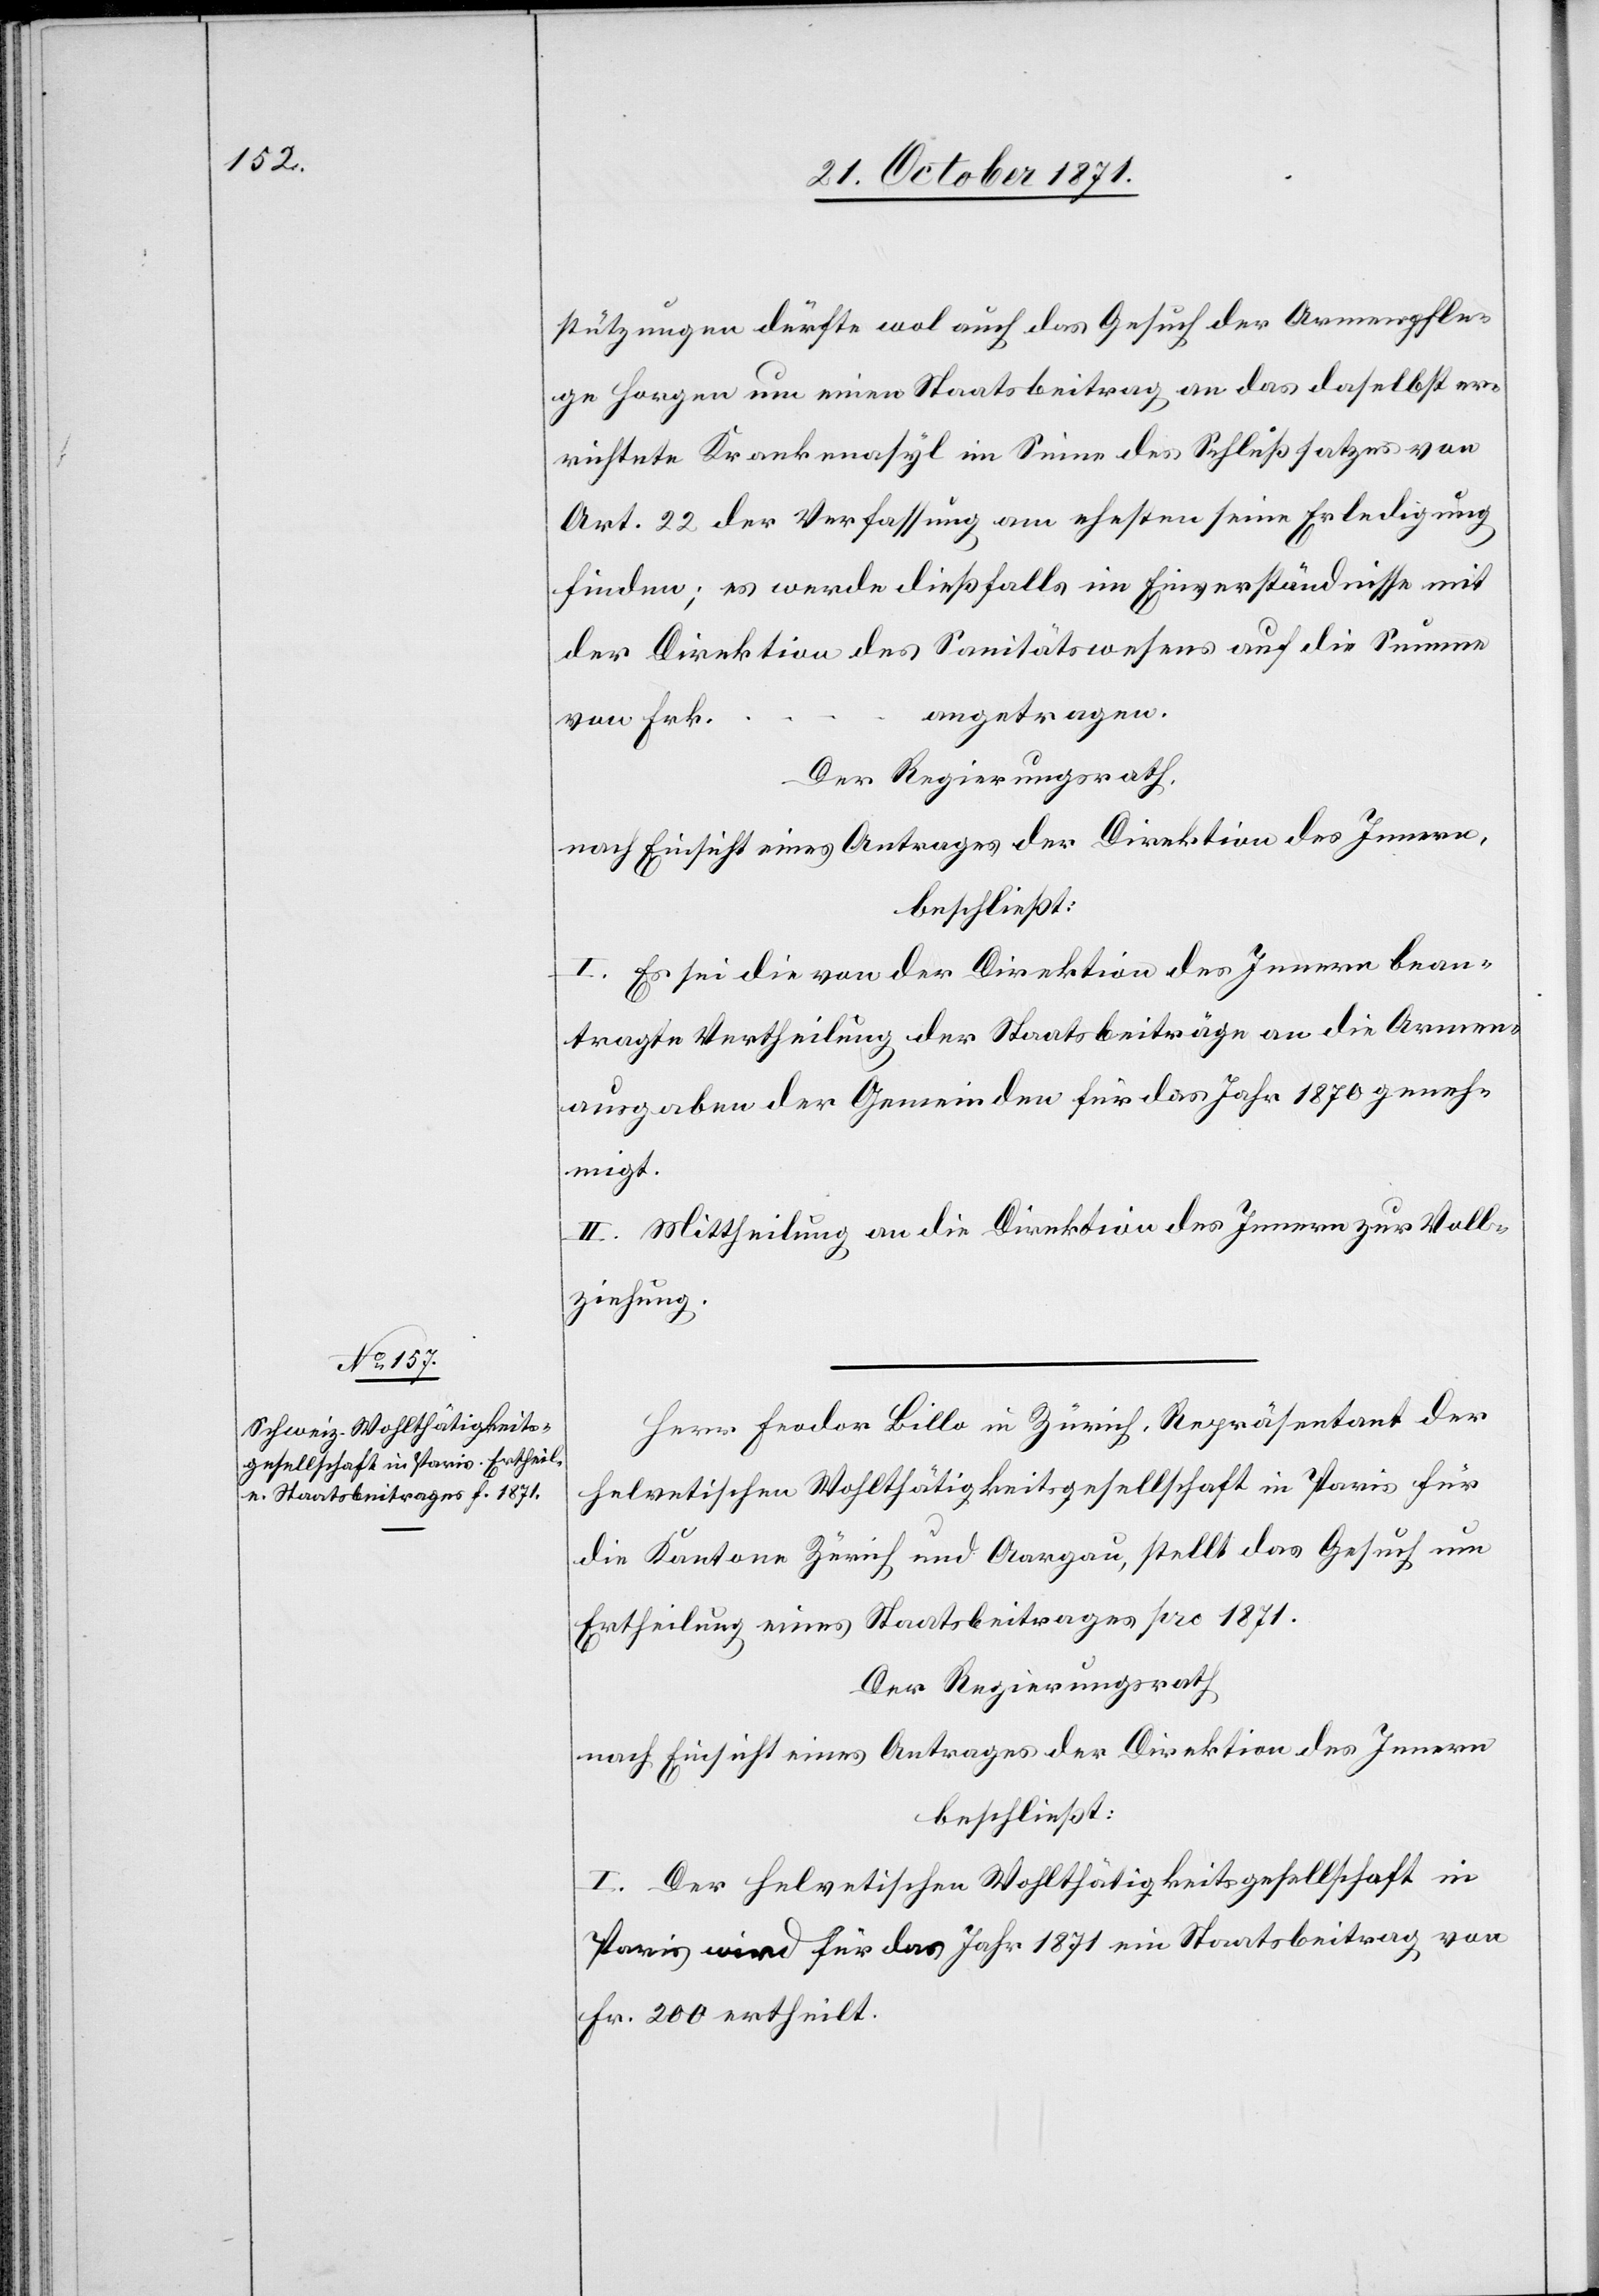
stützungen dürfte wol auch das Gesuch der Armenpfle¬
ge Horgen um einen Staatsbeitrag an das daselbst er¬
richtete Krankenasyl im Sinne des Schlußsatzes von
Art. 22 der Verfassung am ehesten seine Erledigung
finden: es werde dießfalls im Einverständnisse mit
der Direktion des Sanitätswesens auf die Summe
angetragen.
von Frk.
Der Regierungsrath,
nach Einsicht eines Antrages der Direktion des Innern,
beschließt:
I. Es sei die von der Direktion des Innern bean¬
tragte Vertheilung der Staatsbeiträge an die Armen¬
ausgaben der Gemeinde für das Jahr 1870 geneh¬
migt.
II. Mittheilung an die Direktion des Innern zur Voll¬
ziehung.
Herr Feodor Billo in Zürich, Repräsentant der
helvetischen Wohlthätigkeitsgesellschaft in Paris für
die Kantone Zürich und Aargau, stellt das Gesuch um
Ertheilung eines Staatsbeitrages pro 1871.
Der Regierungsrath
nach Einsicht eines Antrages der Direktion des Innern
beschließt:
I. Der helvetischen Wohlthätigkeitsgesellschaft in
Paris wird für das Jahr 1871 ein Staatsbeitrag von
Fr. 200 ertheilt.